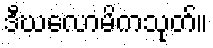
ဒီဃလောမိကသုတ်။